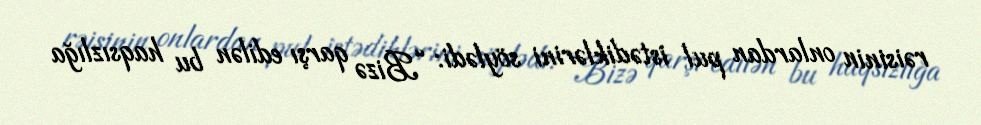
rəisinin onlardan pul istədiklərini söylədi: “Bizə qarşı edilən bu haqsızlığa